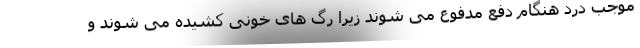
موجب درد هنگام دفع مدفوع می شوند زیرا رگ های خونی کشیده می شوند و